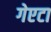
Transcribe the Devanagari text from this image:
गेएटा